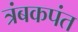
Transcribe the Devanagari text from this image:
त्रंबकपंत